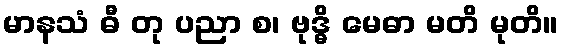
မာနသံ ဓီ တု ပညာ စ၊ ဗုဒ္ဓိ မေဓာ မတိ မုတိ။